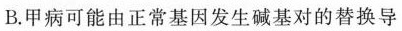
B.甲病可能由正常基因发生碱基对的替换导